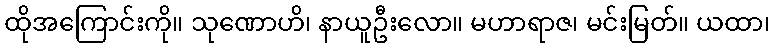
ထိုအကြောင်းကို။ သုဏောဟိ၊ နာယူဦးလော။ မဟာရာဇ၊ မင်းမြတ်။ ယထာ၊